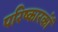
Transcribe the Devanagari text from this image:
परिष्कारकों